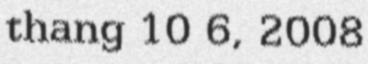
thang 10 6, 2008